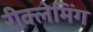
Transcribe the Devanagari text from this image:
रीक्लेमिंग